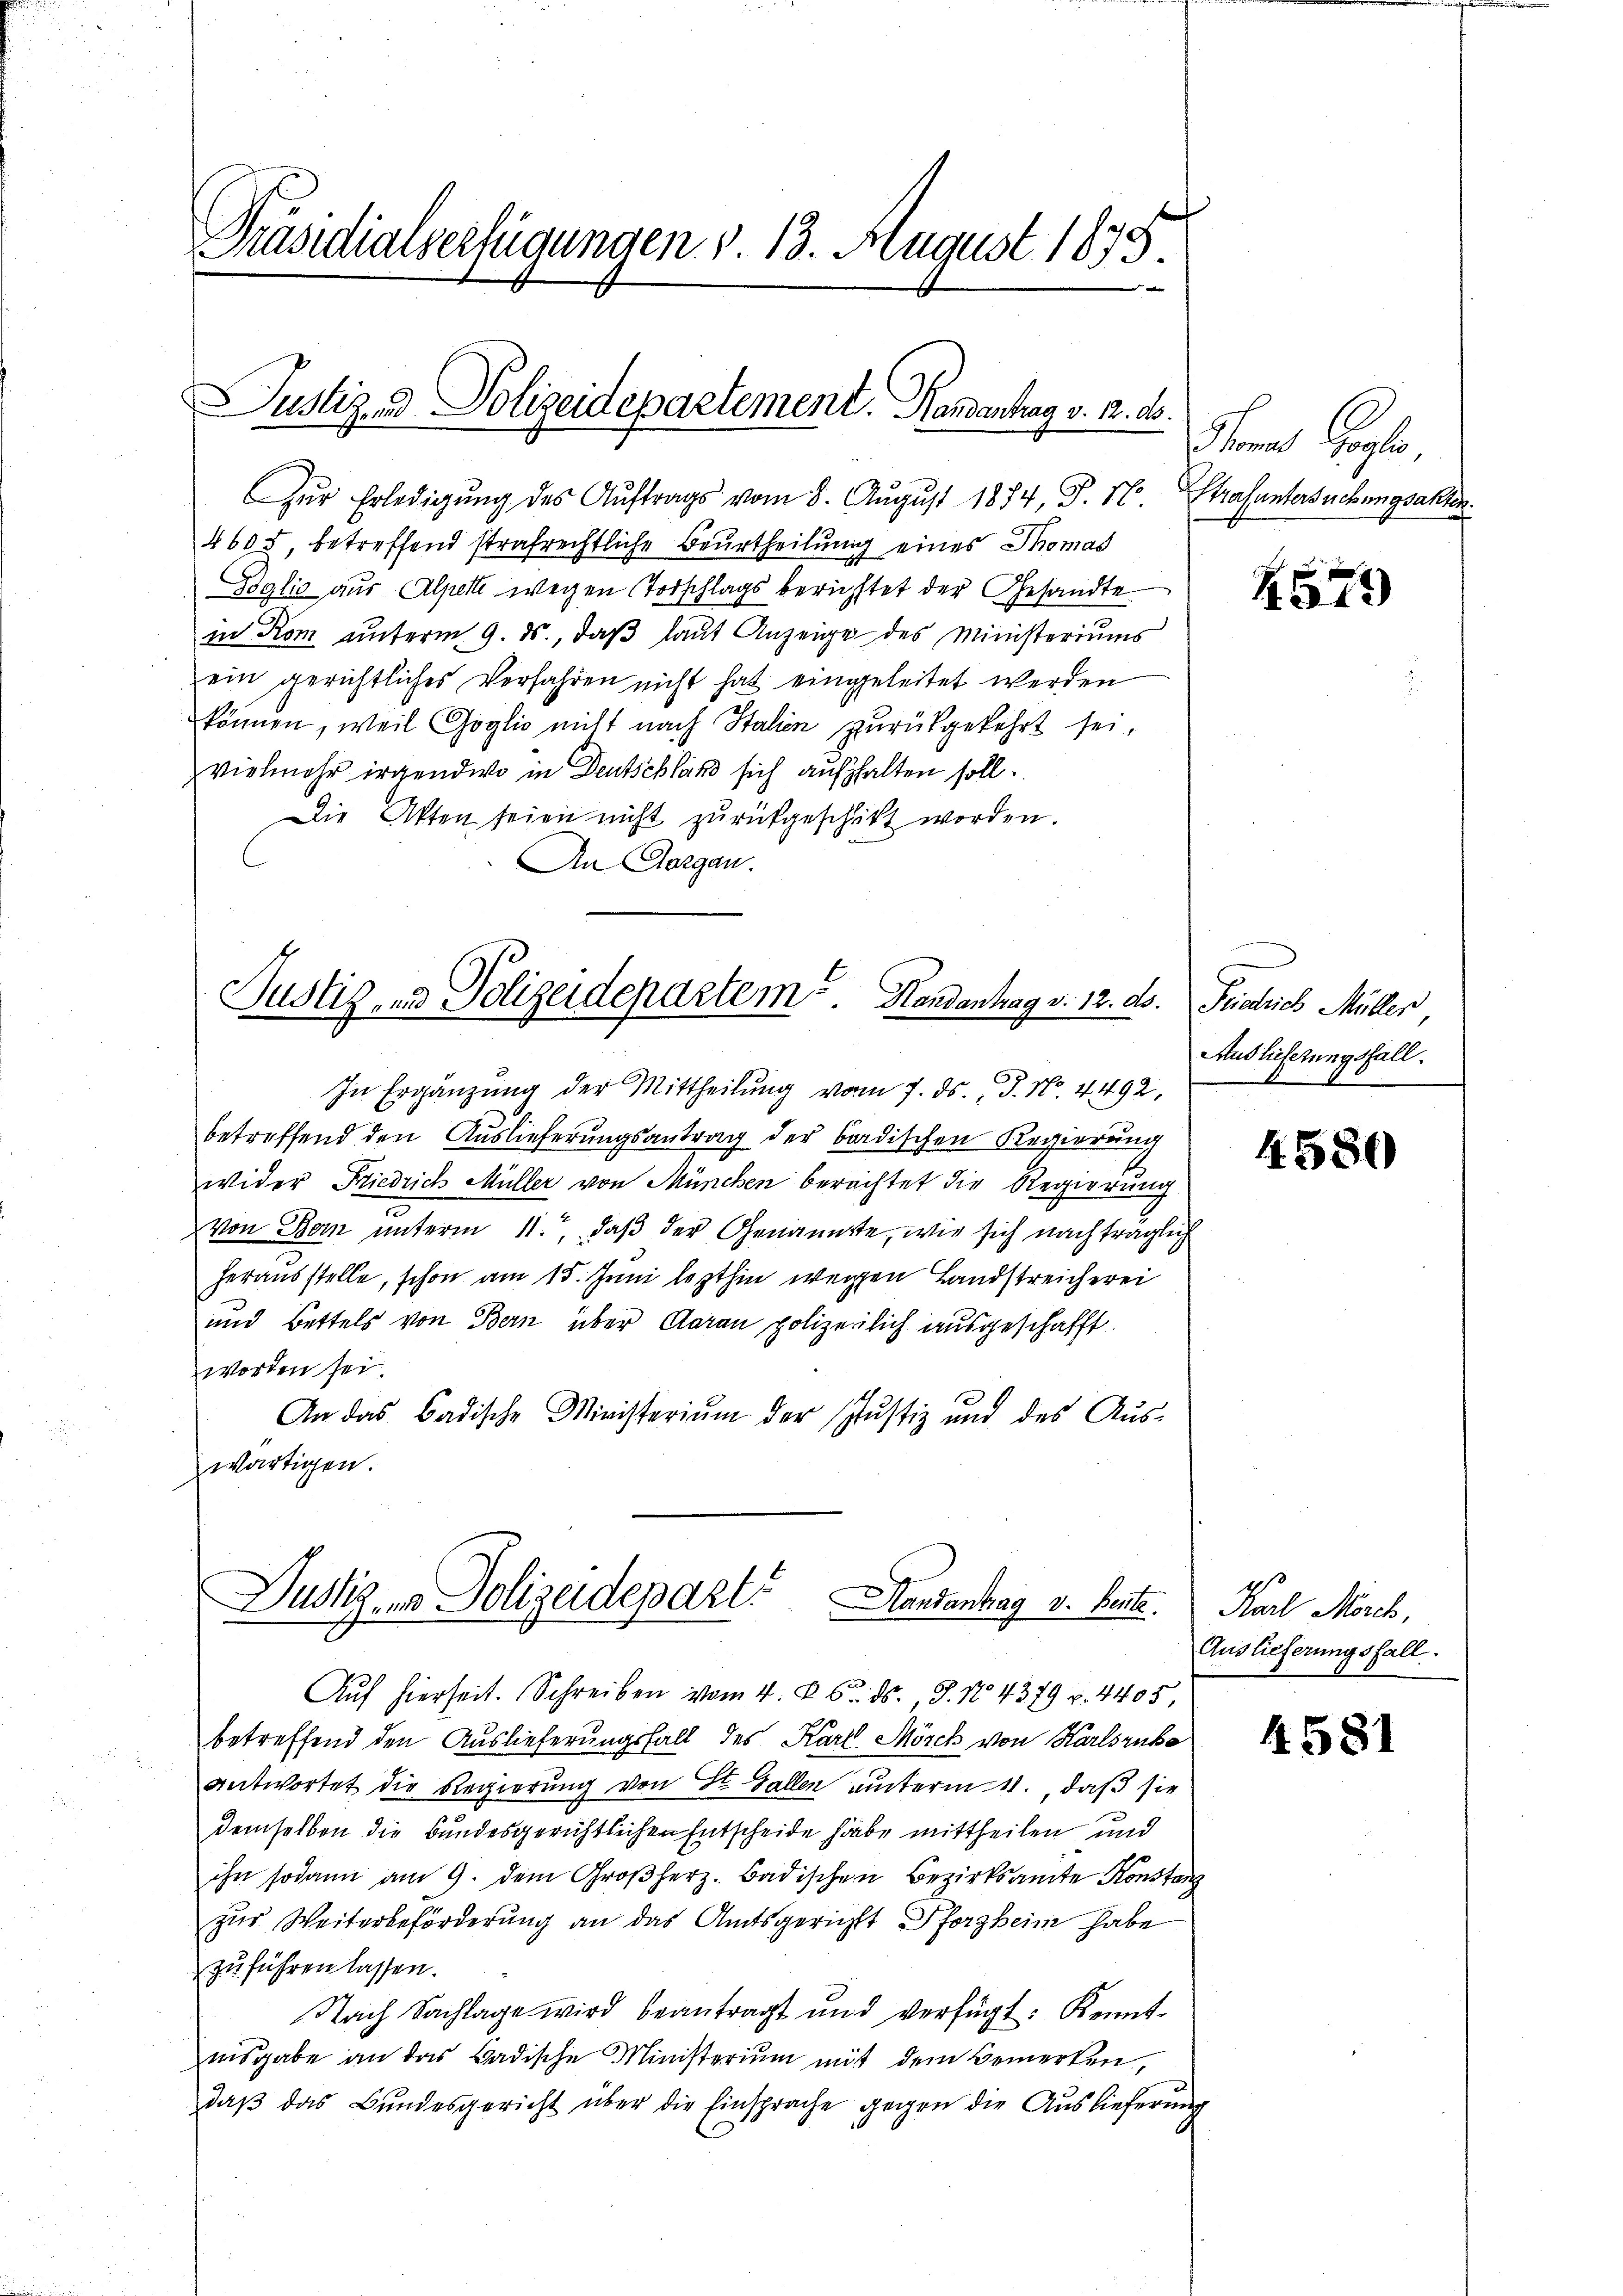
Präsidialverfügungen § 13. August 1875.
d

Justiz- & Polizeidepartement. Handenhag v. 2. ds.

Soglio aus Alperte wegen Torschlags berichtet der Gesandte
in Rom unterm 9. ds., daß laut Anzeige des Ministeriums
ein gerichtliches Verfahren nicht hat eingeleitet werden
können, weil Goglio nicht nach Italien zurückgekehrt sei,
vielmehr irgendwo in Deutschland sich aufhalten soll.
Die Akten seien nicht zŭrückgeschikt worden.
An Aargau.

Zŭr Erledigŭng des Aŭftrags vom 8. Aŭgŭst 1874, J. H. Strafuntersuchungsakten
4605, betreffend strafrechtliche Beurtheilung eines Thomas

Justiz- und Polizeidepartem. Handenhag v. 12. ds.
In Ergänzŭng der Mittheilŭng vom 7. ds. J. No 4492,

betreffend den Auslieferungsantrag der bardischen Regierung
wider Friedrich Müller von München berechtet die Regierung
Von Bei unterm 11., daß der Genannte, wie sich nachträglich
herausstelle, schon am 15. Juni lezthin wegen Landstreicherei
und Bettels von Bern über Aarau polizeilich ausgeschafft.
worden sei.
An das Badische Ministerium der Justiz und des Auswärtigen.

Justigen Polizeidepart. Handantrag v. Bente.

Auf hierseit. Schreiben vom 4. d. 6. ds. 8. No 4379 u. 4405
betreffend den Auslieferungsfall des Karl Mörch von Karlsruhe
antwortet die Regierung von St. Gallen unterm 11., daß sie
demselben die Bundesgerichtlichen Entscheide habe mittheilen, und
ihn sodann am 9. dem Großherz. Badischen Bezirksamte Konstanz
zur Weiterbeförderung an das Amtsgerichts Pforzheim habe
zu führen lassen.
Nach Sachlage wird beantragt und verfügt. Kennt-
nsgabe an das Badische Ministerium mit dem Bemerken,
daβ das Bundesgericht über die Einsprache gegen die Auslieferung

Thomas Colle

K579

Friedrich Müller
Auslieferungsfall.

4580

Karl Morch,
Auslieferungsfall

4581